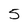
Character: 5